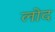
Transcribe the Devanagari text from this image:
लोद